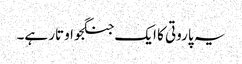
یہ پاروتی کا ایک جنگجو اوتار ہے۔